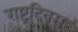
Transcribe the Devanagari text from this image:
राष्ट्रदिवस